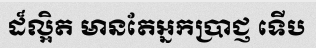
ដ៏ល្អិត មានតែអ្នកប្រាជ្ញ ទើប